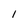
Character: I